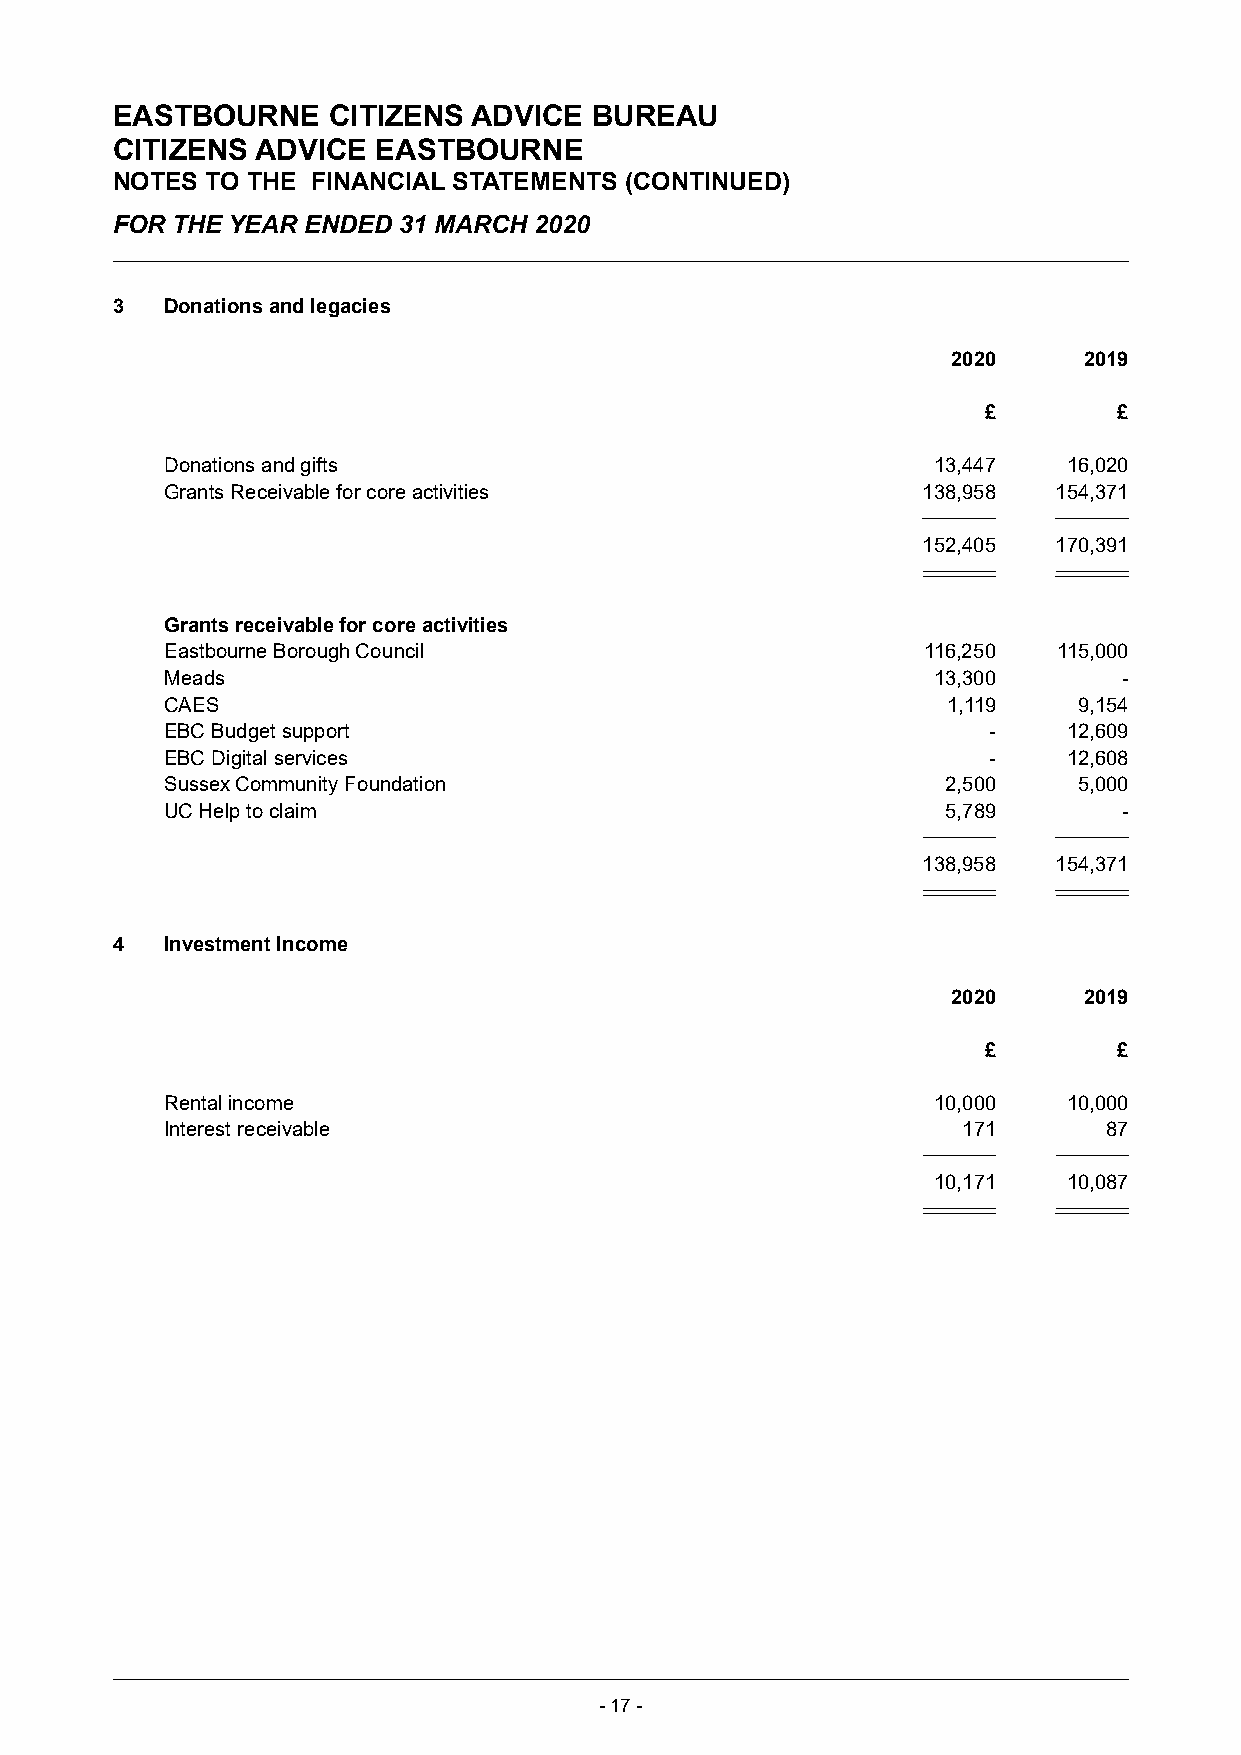
EASTBOURNE     CITIZENS ADVICE  BUREAU
 CITIZENS  ADVICE  EASTBOURNE
 NOTES  TO THE FINANCIAL STATEMENTS (CONTINUED)
 FOR THE YEAR ENDED 31 MARCH 2020
 3   Donations and legacies
 2020     2019
 £        £
 Donations and gifts                                13,447   16,020
 Grants Receivable for core activities             138,958  154,371
 152,405  170,391
 Grants receivable for core activities
 Eastbourne Borough Council                        116,250  115,000
 Meads                                              13,300      -
 CAES                                                1,119   9,154
 EBC Budget support                                    -     12,609
 EBC Digital services                                  -     12,608
 Sussex Community Foundation                         2,500   5,000
 UC Help to claim                                    5,789      -
 138,958  154,371
 4   Investment Income
 2020     2019
 £        £
 Rental income                                      10,000   10,000
 Interest receivable                                  171      87
 10,171   10,087
 -17 -